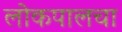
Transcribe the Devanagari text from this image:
लोकपालचा